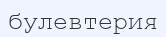
булевтерия